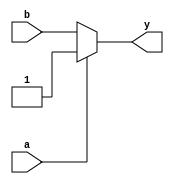
`timescale 1ns / 1ps
module opt_check2 (input a , input b , output y);
	assign y = a?1:b;
endmodule